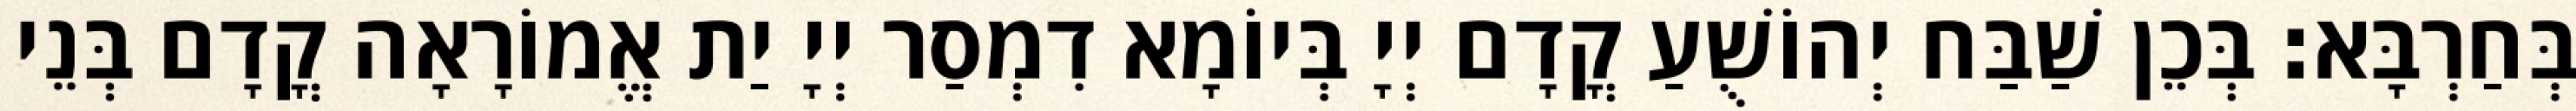
בְּחַרְבָּא׃ בְּכֵן שַׁבַּח יְהוֹשֻׁעַ קֳדָם יְיָ בְּיוֹמָא דִמְסַר יְיָ יַת אֱמוֹרָאָה קֳדָם בְּנֵי